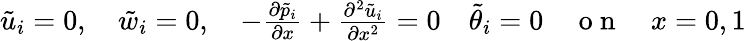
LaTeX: \begin{array}{r}{\tilde{u}_{i}=0,\quad\tilde{w}_{i}=0,\quad-\frac{\partial\tilde{p}_{i}}{\partial x}+\frac{\partial^{2}\tilde{u}_{i}}{\partial x^{2}}=0\quad\tilde{\theta}_{i}=0\quad\mathrm{~o~n~}\quad x=0,1}\end{array}